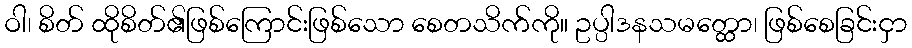
ဝါ၊ စိတ် ထိုစိတ်၏ဖြစ်ကြောင်းဖြစ်သော စေတသိက်ကို။ ဥပ္ပါဒနသမတ္ထော၊ ဖြစ်စေခြင်းငှာ